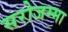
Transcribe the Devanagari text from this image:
सरोजम्मा